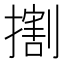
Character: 𢵷